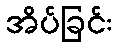
အိပ်ခြင်း